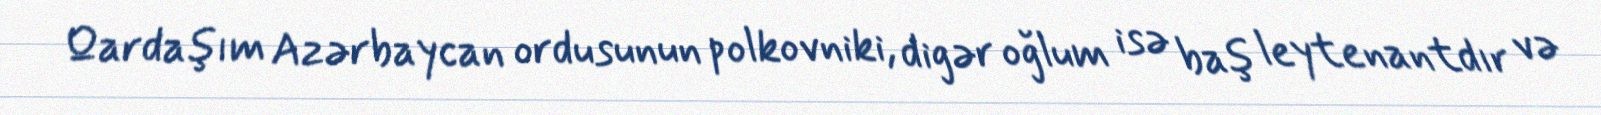
Qardaşım Azərbaycan ordusunun polkovniki, digər oğlum isə baş leytenantdır və